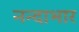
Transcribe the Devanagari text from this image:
नन्दाभार